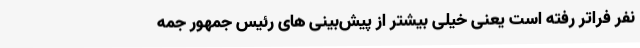
نفر فراتر رفته است یعنی خیلی بیشتر از پیش‌بینی های رئیس جمهور جمه